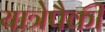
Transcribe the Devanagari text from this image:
यात्रेपैकी